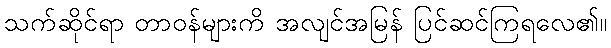
သက်ဆိုင်ရာ တာဝန်များကိ အလျင်အမြန် ပြင်ဆင်ကြရလေ၏။